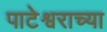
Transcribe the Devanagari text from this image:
पाटेश्वराच्या